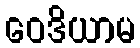
ဝေဒိယာမ